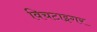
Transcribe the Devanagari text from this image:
विचटाइगर